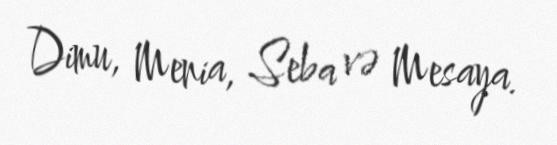
Dimu, Menia, Seba və Mesaya.